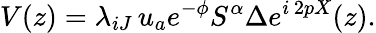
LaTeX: V(z)=\lambda_{iJ}\, u_{a}e^{-\phi}{S^{\alpha}}\Delta e^{i\, 2pX}(z).